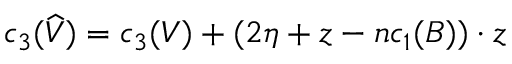
c _ { 3 } ( \widehat { V } ) = c _ { 3 } ( V ) + ( 2 \eta + z - n c _ { 1 } ( B ) ) \cdot z